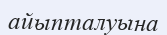
айыпталуына